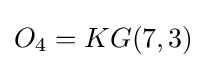
O_{4}=KG(7,3)